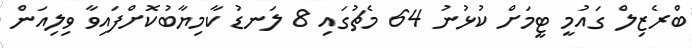
ބްރެޒިލް ގައުމީ ޓީމަށް ކުޅުނު 64 މެޗުގައި 8 ލަނޑު ކާމިޔާބުކޮށްފައިވާ ވިލިއަން